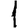
Digit: 1